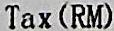
TAX (RM)